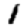
Digit: 1